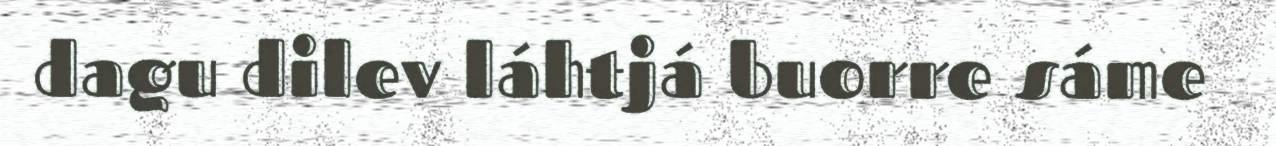
dagu dilev láhtjá buorre sáme